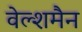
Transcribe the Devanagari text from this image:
वेल्शमैन